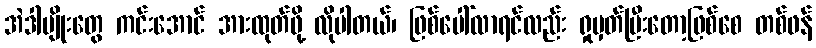
အဲဒါမျိုးတွေ ကင်းအောင် အားထုတ်ဖို့ လိုပါတယ်၊ ဖြစ်ပေါ်လာရင်လည်း ရှုမှတ်ပြီးတော့ဖြစ်စေ တစ်ဖန်